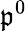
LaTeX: \mathfrak{p}^{0}